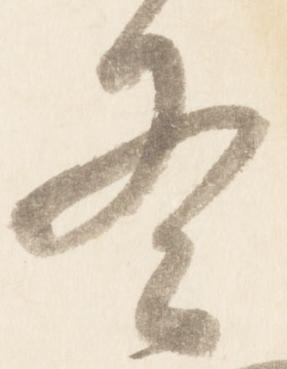
冬